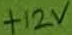
Text: +12V